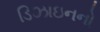
ડિઝાઇનનો